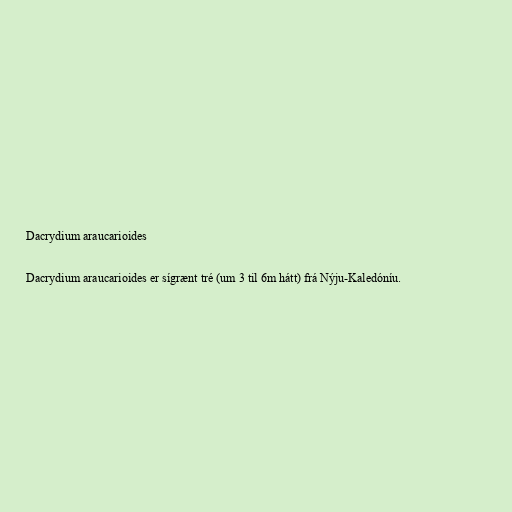
Dacrydium araucarioides

Dacrydium araucarioides er sígrænt tré (um 3 til 6m hátt) frá Nýju-Kaledóníu.